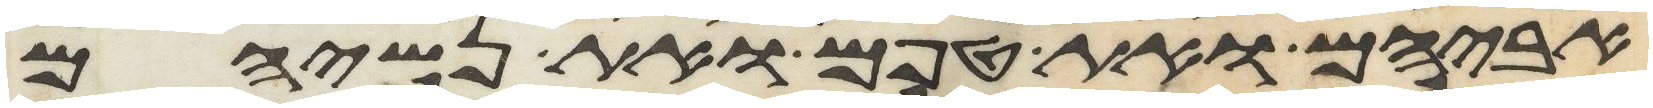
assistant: אביהם ואת טפם ואת נשיהם